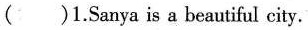
( )1.Sanya is a beautiful city.